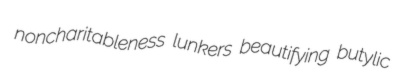
noncharitableness lunkers beautifying butylic